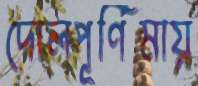
দোলপূর্ণিমায়